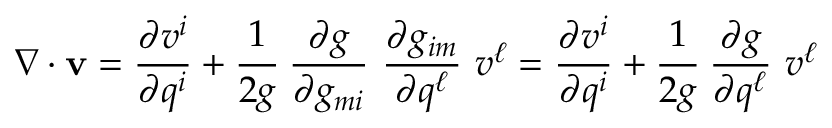
{ \boldsymbol { \nabla } } \cdot \mathbf { v } = { \frac { \partial v ^ { i } } { \partial q ^ { i } } } + { \cfrac { 1 } { 2 g } } ~ { \frac { \partial g } { \partial g _ { m i } } } ~ { \frac { \partial g _ { i m } } { \partial q ^ { \ell } } } ~ v ^ { \ell } = { \frac { \partial v ^ { i } } { \partial q ^ { i } } } + { \cfrac { 1 } { 2 g } } ~ { \frac { \partial g } { \partial q ^ { \ell } } } ~ v ^ { \ell }